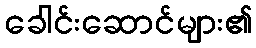
ခေါင်းဆောင်များ၏